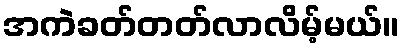
အကဲခတ်တတ်လာလိမ့်မယ်။